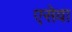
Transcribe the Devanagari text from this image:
एसेवा